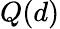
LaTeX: Q(d)